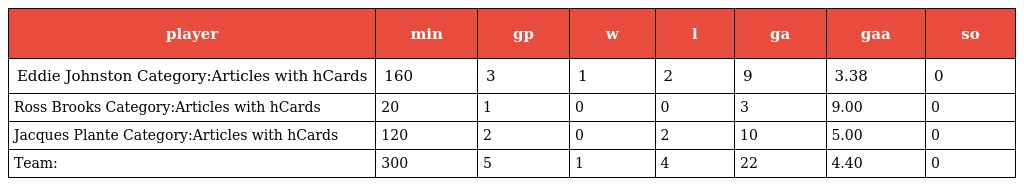
| player | min | gp | w | l | ga | gaa | so |
 | --- | --- | --- | --- | --- | --- | --- | --- |
 | Eddie Johnston Category:Articles with hCards | 160 | 3 | 1 | 2 | 9 | 3.38 | 0 |
 | Ross Brooks Category:Articles with hCards | 20 | 1 | 0 | 0 | 3 | 9.00 | 0 |
 | Jacques Plante Category:Articles with hCards | 120 | 2 | 0 | 2 | 10 | 5.00 | 0 |
 | Team: | 300 | 5 | 1 | 4 | 22 | 4.40 | 0 |